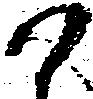
尉